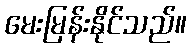
မေးမြန်းနိုင်သည်။